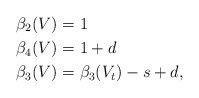
\begin{align*} \beta_2( V ) &= 1 \\ \beta_4( V ) &= 1 + d \\ \beta_3( V ) &= \beta_3( V_{t} ) - s + d,\end{align*}